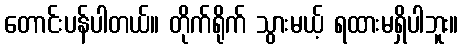
တောင်းပန်ပါတယ်။ တိုက်ရိုက် သွားမယ့် ရထားမရှိပါဘူး။